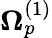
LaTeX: \boldsymbol{\Omega}_{p}^{(1)}